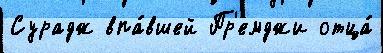
Сурадж впа́вшей Пр'емджи отца́